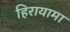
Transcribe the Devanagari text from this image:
हिरायामा